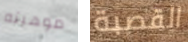
موهبته القصبة